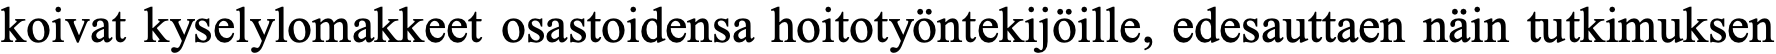
koivat kyselylomakkeet osastoidensa hoitotyöntekijöille, edesauttaen näin tutkimuksen